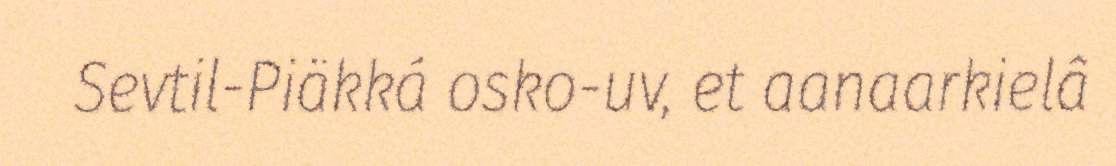
Sevtil-Piäkká osko-uv, et aanaarkielâ